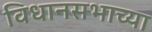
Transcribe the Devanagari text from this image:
विधानसभाच्या